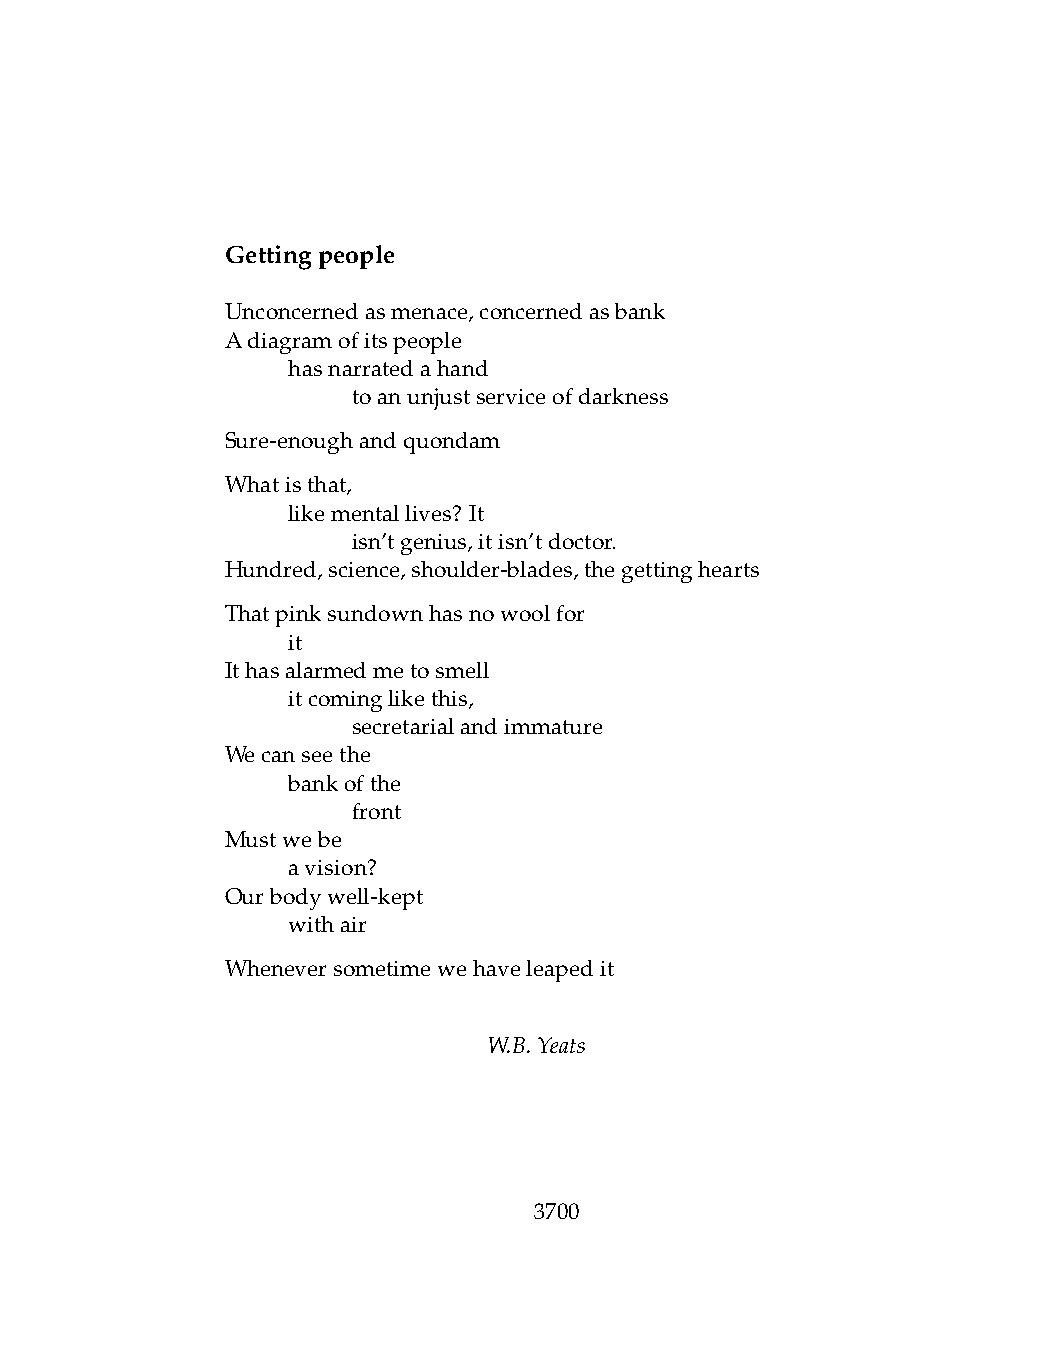
Gettingpeople
 Unconcernedasmenace,concernedasbank
 Adiagramofitspeople
 .   hasnarratedahand
 .   .   toanunjustserviceofdarkness
 Sure-enoughandquondam
 Whatisthat,
 .   likementallives? It
 .   .   isn’tgenius,itisn’tdoctor.
 Hundred,science,shoulder-blades,thegettinghearts
 Thatpinksundownhasnowoolfor
 .   it
 Ithasalarmedmetosmell
 .   itcominglikethis,
 .   .   secretarialandimmature
 Wecanseethe
 .   bankofthe
 .   .   front
 Mustwebe
 .   avision?
 Ourbodywell-kept
 .   withair
 Wheneversometimewehaveleapedit
 W.B.Yeats
 3700